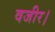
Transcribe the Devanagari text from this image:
वजीर।